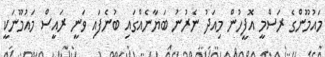
މައުމޫންގެ ރަސްމީ އޮފީހުން މިއަދު ނެރުނު ބަޔާނެއްގައި ބުނެފައި ވަނީ ރައީސް މައުމޫނަކީ